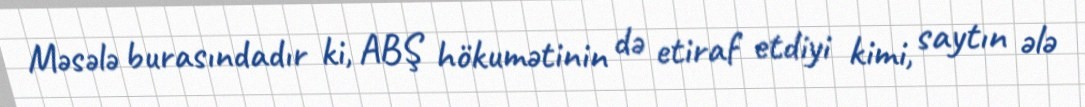
Məsələ burasındadır ki, ABŞ hökumətinin də etiraf etdiyi kimi, saytın ələ